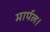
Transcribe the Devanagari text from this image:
मार्पल।